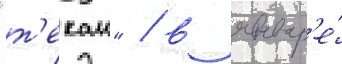
"т'екаи" / в январ'е́